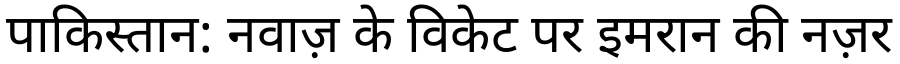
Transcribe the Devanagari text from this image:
पाकिस्तान: नवाज़ के विकेट पर इमरान की नज़र